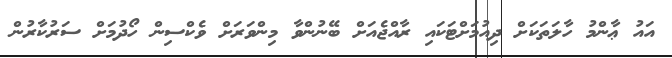
އައު ޢާންމު ހާލަތަކަށް ދިއުމަށްޓަކައި ރާއްޖެއަށް ބޭނުންވާ މިންވަރަށް ވެކްސިން ހޯދުމަށް ސަރުކާރުން